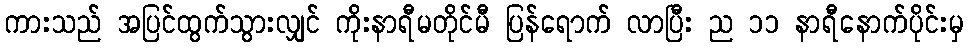
ကားသည် အပြင်ထွက်သွားလျှင် ကိုးနာရီမတိုင်မီ ပြန်ရောက် လာပြီး ည ၁၁ နာရီနောက်ပိုင်းမှ